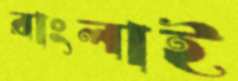
রাংলাই